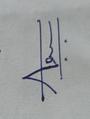
Signature authenticity: genuine